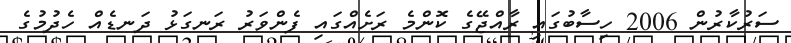
ސަރުކާރުން 2006 ހިސާބުގައި ރާއްޖޭގެ ކޮންމެ ރަށެއްގައި ފެންވަރު ރަނގަޅު ދަނޑެއް ހެދުމުގެ